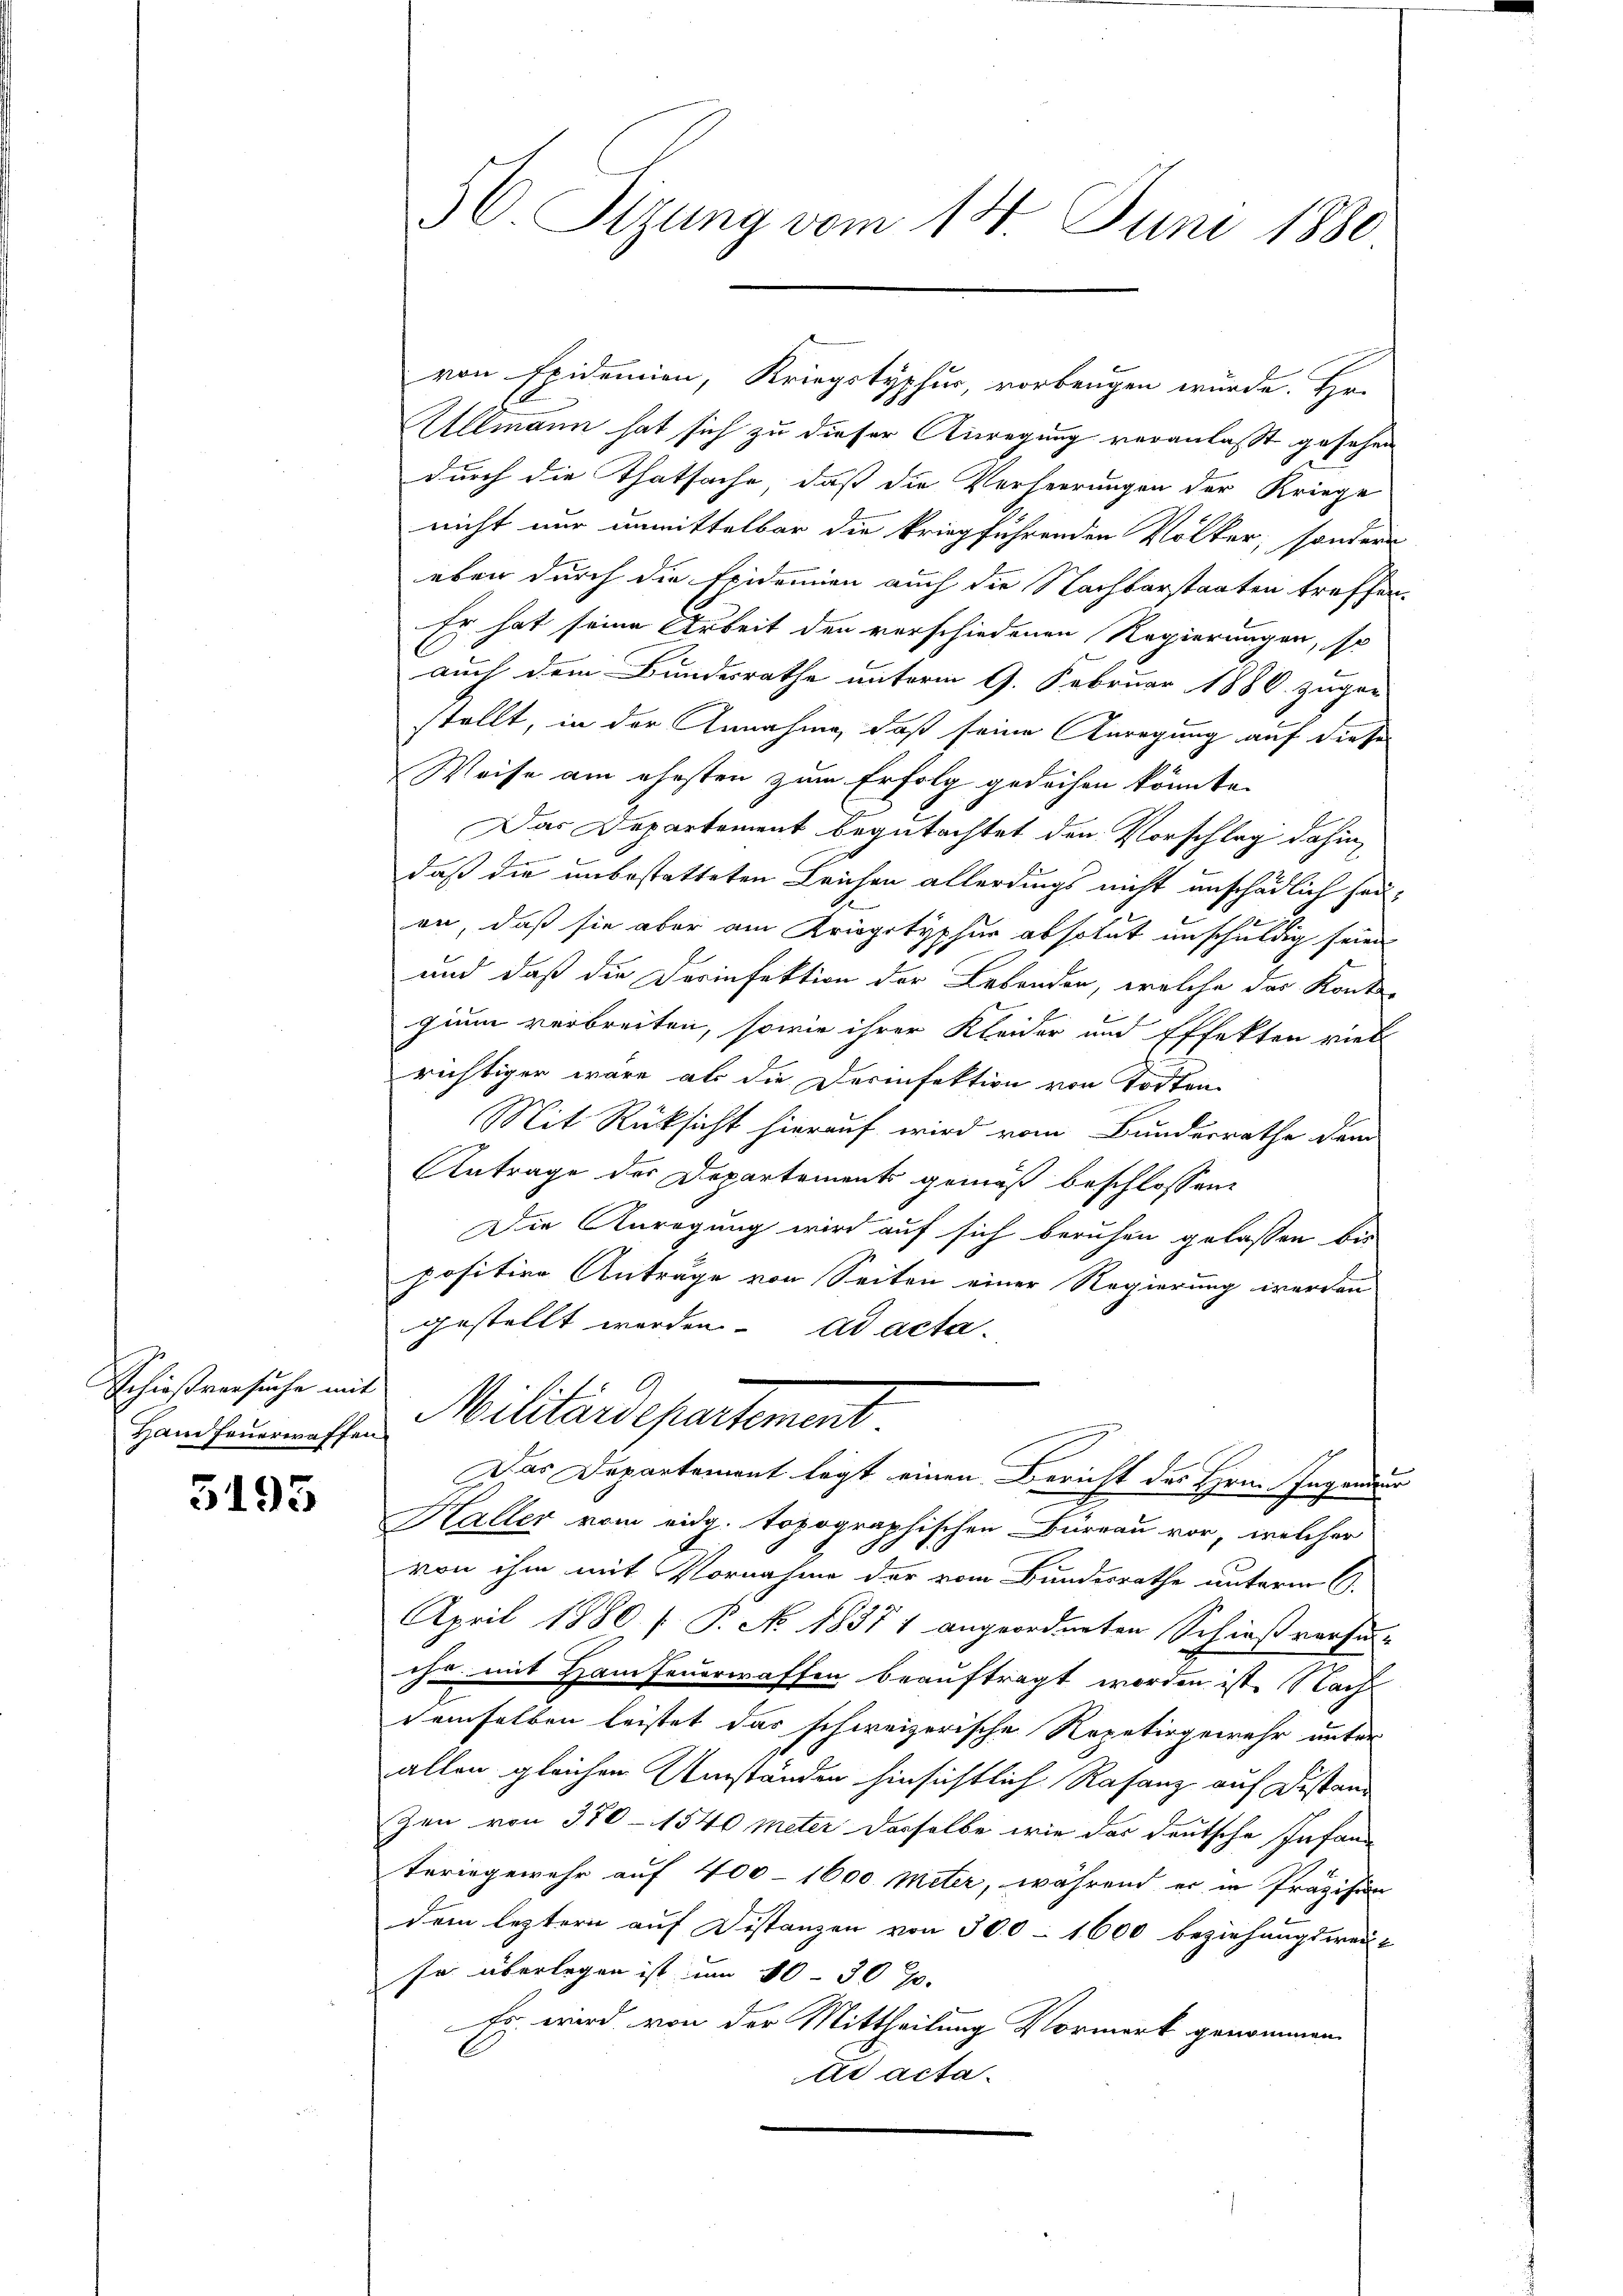
Schießversuche mit
Hain feuerwaffen

5195

56. Sitzung vom 14. Juni 1880.

Allmann hat sich zu dieser Anregung veranlaßt gesehen
durch die Thatsache, daß die Verheerungen der Kriege
nicht nur unmittelbar die kriegführenden Volker, sondern
eben durch die Epidemien auch die Nachbarstaaten treffen.
Er hat seine Arbeit den verschiedenen Regierungen, so
auch dem Bundesrathe unterm 9. Februar 1886. zuge-
stellt, in der Annahme, daß seine Anregung auf diese
Weise am ehesten zum Erfolg gedeihen könnte.
Das Departement begutachtet den Vorschlag dahin,
daß die unbestatteten Leichen allerdings nicht unschädlich seien, daß sie aber am Kriegstypher absolut unschuldig seien
und daß die Derinfektion der Bebander, welche des Konto-
gium verbreiten, sowie ihrer Kleider und Effekten viel
richtiger wäre als die Derinfektion von Todten-
Mit Rücksicht hierauf wird vom Bundesrathe dem
Antrage der Departements gemäß beschlossen:
Die Anregung wird auf sich beruhen gelassen bis
positive Antrage von Seiten einer Regierung werden
gestellt werden. ad acta.
Militärdepartement
Das Departement legt einen Bericht des Hrn. Ingender
Haller vom eidg. topographischen Bureau vor, welcher
von ihm mit Vornahme der vom Bundesrathe unterm 6.
April 1880 / P. No. 1837 1 angeordneten Schießversin-
ihr mit Hanfeuerwaffen beauftragt worden ist. Nach
demselben leistet das schweizerische Repetirgewehr unter
allen gleichen Umständen hinsichtlich Rafanz auf Distanzen von 370 - 1540 Meter derselbe wie das deutsche Infan
teringewehr auf 400 - 1600 Meter, während er in Präzision
dem leztern auf Distanzen von 300 - 1600 beziehungsweise
so überlegen ist um 10 - 30 J.
Es wird von der Mittheilung Vormerk genommen,
ad acta

von Epidemien, Kriegstyphur, vorbeugen würde. Hr